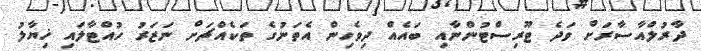
ދާރުލްއާސާރަށް ވަދެ ޓޫރިސްޓުންނާއި ބައެއް ދިވެހިން އެތަނުގެ ތަކެއްޗަށް ނަޒަރު ހުއްޓާލައި ޚިޔާލު